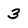
Character: 3